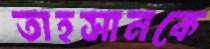
তাহসানকে